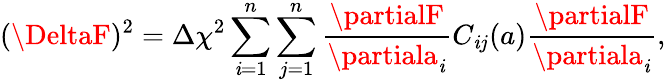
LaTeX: (\DeltaF)^{2}=\Delta\chi^{2}\sum_{\mathit{i}=1}^{n}\sum_{j=1}^{n}\frac{{\partialF}}{{\partiala_{\mathit{i}}}}C_{\mathit{i}j}(a)\frac{{\partialF}}{{\partiala_{\mathit{i}}}},